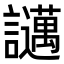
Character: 𧮇